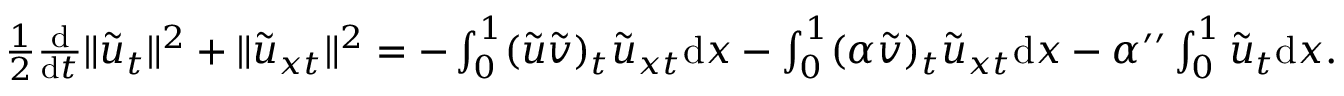
\begin{array} { r } { \frac 1 2 \frac { \mathrm { d } } { \mathrm { d } t } \| \tilde { u } _ { t } \| ^ { 2 } + \| { \tilde { u } } _ { x t } \| ^ { 2 } = - \int _ { 0 } ^ { 1 } ( \tilde { u } \tilde { v } ) _ { t } { \tilde { u } } _ { x t } { \mathrm { d } x } - \int _ { 0 } ^ { 1 } ( \alpha \tilde { v } ) _ { t } { \tilde { u } } _ { x t } { \mathrm { d } x } - \alpha ^ { \prime \prime } \int _ { 0 } ^ { 1 } { \tilde { u } } _ { t } { \mathrm { d } x } . } \end{array}